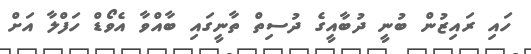
ހައި ރައިޒުން ބުނީ ދުބާއީގެ ދުސިތް ތާނީގައި ބާއްވާ އެވޯޑް ހަފްލާ އަށް